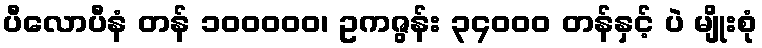
ပီလောပီနံ တန် ၁၀၀၀၀၀၊ ဥကဇွန်း ၃၄၀၀၀ တန်နှင့် ပဲ မျိုးစုံ